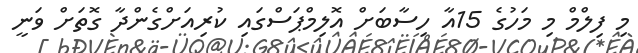
މި ފިލްމް މި މަހުގެ 15އާ ހިސާބަށް އޮލިމްޕަސްގައި ކުރިއަށްގެންދާ ގޮތަށް ވަނީ